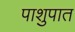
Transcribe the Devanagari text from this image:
पाशुपात